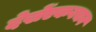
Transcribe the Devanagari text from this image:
देखेंएकवचन